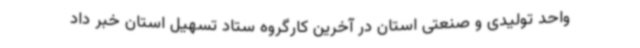
واحد تولیدی و صنعتی استان در آخرین کارگروه ستاد تسهیل استان خبر داد